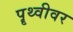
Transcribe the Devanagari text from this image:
पॄथ्वीवर